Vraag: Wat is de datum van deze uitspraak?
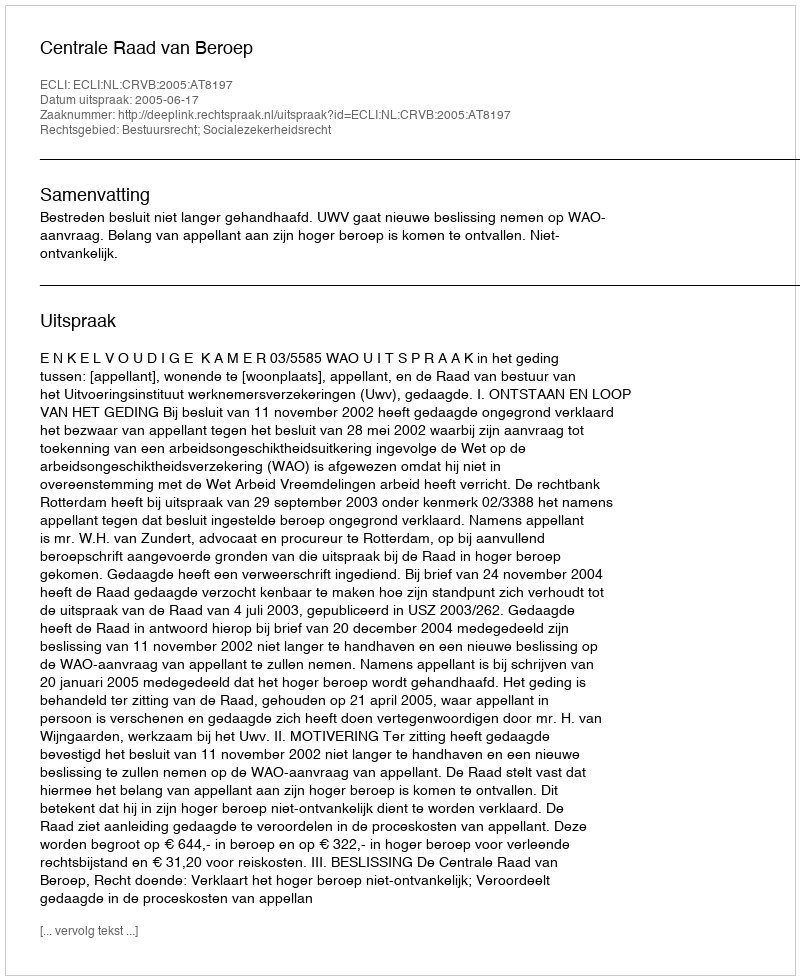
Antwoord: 2005-06-17